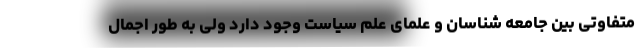
متفاوتی بین جامعه شناسان و علمای علم سیاست وجود دارد ولی به طور اجمال